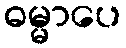
ဓမ္မာပေ